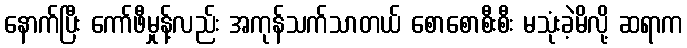
နောက်ပြီး ကော်ဖီမှုန့်လည်း အကုန်သက်သာတယ် စောစောစီးစီး မသုံးခဲ့မိလို့ ဆရာက